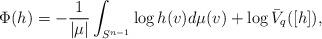
LaTeX: \begin{align*}\Phi(h)=-\frac{1}{|\mu|}\int_{S^{n-1}}\log h(v)d\mu(v)+\log \bar{V}_q([h]),\end{align*}